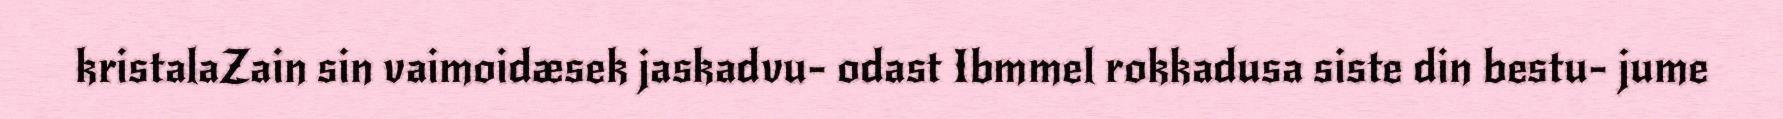
kristalaZain sin vaimoidæsek jaskadvu- odast Ibmmel rokkadusa siste din bestu- jume